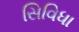
સિવિધા